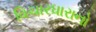
વિચારધારાનો